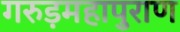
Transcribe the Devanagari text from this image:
गरुड़महापुराण